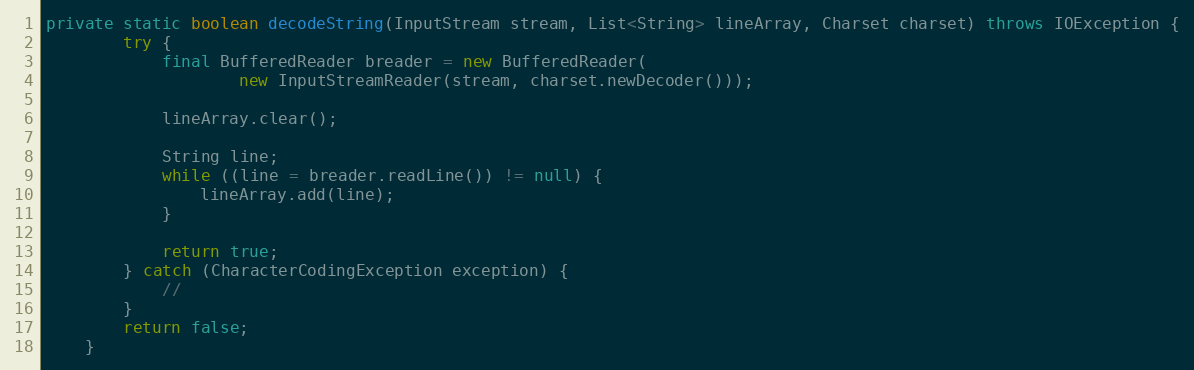
Language: Java
private static boolean decodeString(InputStream stream, List<String> lineArray, Charset charset) throws IOException {
		try {
			final BufferedReader breader = new BufferedReader(
					new InputStreamReader(stream, charset.newDecoder()));

			lineArray.clear();

			String line;
			while ((line = breader.readLine()) != null) {
				lineArray.add(line);
			}

			return true;
		} catch (CharacterCodingException exception) {
			//
		}
		return false;
	}